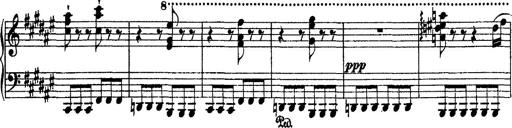
Title: 2 KonzertetÃ¼den
Composer: Franz Liszt